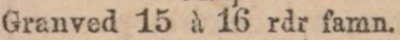
Granved 15 à 16 rdr famn.